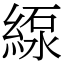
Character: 𦂥